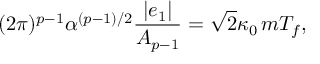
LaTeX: ( 2 \pi ) ^ { p - 1 } \alpha ^ { ( p - 1 ) / 2 } \frac { | e _ { 1 } | } { A _ { p - 1 } } = \sqrt { 2 } \kappa _ { 0 } \, m T _ { f } ,